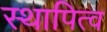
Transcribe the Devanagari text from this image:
स्थापित्व